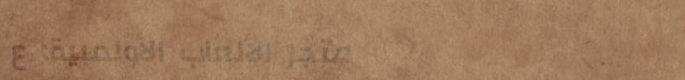
متجر الألعاب الأولمبية: ع